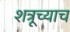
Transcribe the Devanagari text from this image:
शत्रूच्याच